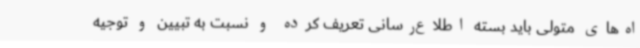
اه‌های متولی باید بسته اطلاع‌رسانی تعریف کرده و نسبت به تبیین و توجیه